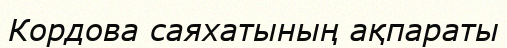
Кордова саяхатының ақпараты